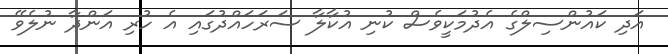
އަދި ކައުންސިލްގެ އެދުމަކީވެސް ކުނި އުކާލާ ސަރަހައްދުގައި އެ ހުރި އަންދާ ނުލެވޭ